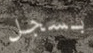
بسجل